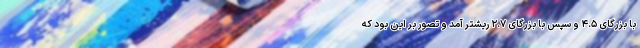
با بزرگای ۴.۵ و سپس با بزرگای ۲.۷ ریشتر آمد و تصور بر این بود که